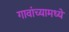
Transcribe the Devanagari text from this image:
गावांच्यामध्ये